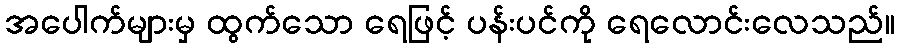
အပေါက်များမှ ထွက်သော ရေဖြင့် ပန်းပင်ကို ရေလောင်းလေသည်။